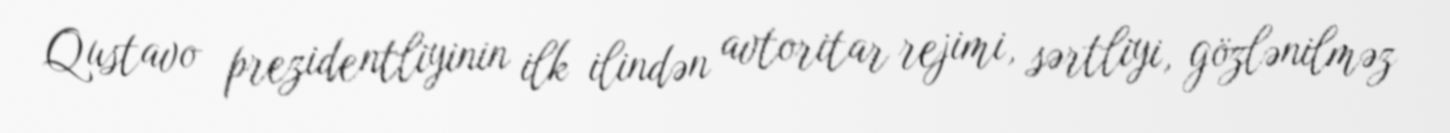
Qustavo prezidentliyinin ilk ilindən avtoritar rejimi, sərtliyi, gözlənilməz